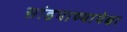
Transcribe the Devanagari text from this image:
सांडपाण्यापेक्षा